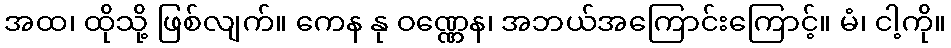
အထ၊ ထိုသို့ ဖြစ်လျက်။ ကေန နု ဝဏ္ဏေန၊ အဘယ်အကြောင်းကြောင့်။ မံ၊ ငါ့ကို။